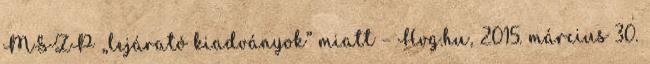
MSZP „lejárató kiadványok” miatt – Hvg.hu, 2015. március 30.